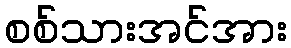
စစ်သားအင်အား